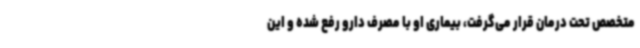
متخصص تحت درمان قرار می‌گرفت، بیماری او با مصرف دارو رفع شده و این